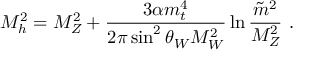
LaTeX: M _ { h } ^ { 2 } = M _ { Z } ^ { 2 } + \frac { 3 \alpha m _ { t } ^ { 4 } } { 2 \pi \sin ^ { 2 } \theta _ { W } M _ { W } ^ { 2 } } \ln \frac { \tilde { m } ^ { 2 } } { M _ { Z } ^ { 2 } } ~ .